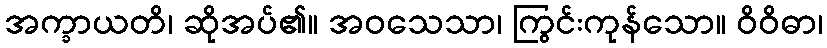
အက္ခာယတိ၊ ဆိုအပ်၏။ အဝသေသာ၊ ကြွင်းကုန်သော။ ဝိဝိဓာ၊